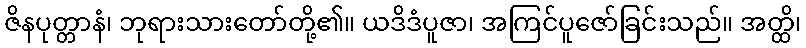
ဇိနပုတ္တာနံ၊ ဘုရားသားတော်တို့၏။ ယဒိဒံပူဇာ၊ အကြင်ပူဇော်ခြင်းသည်။ အတ္ထိ၊